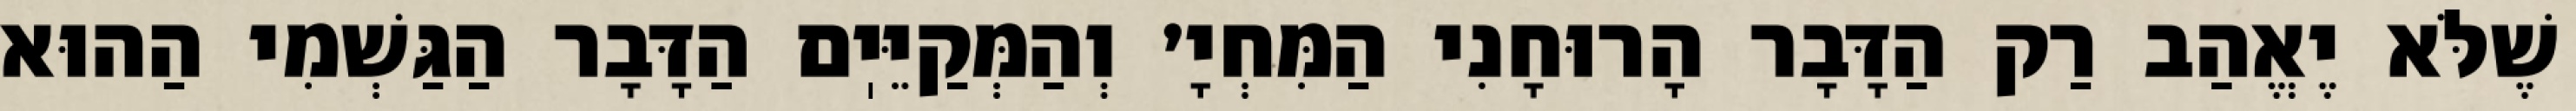
שֶׁלֹּא יֶאֱהַב רַק הַדָּבָר הָרוּחָנִי הַמִּחְיָ׳ וְהַמְּקַיֵּיֽם הַדָּבָר הַגַּשְׁמִי הַהוּא